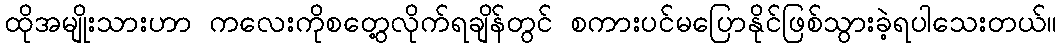
ထိုအမျိုးသားဟာ ကလေးကိုစတွေ့လိုက်ရချိန်တွင် စကားပင်မပြောနိုင်ဖြစ်သွားခဲ့ရပါသေးတယ်။